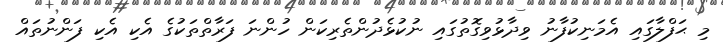
މި ޙަފްލާގައި އެމަނިކުފާނު ވިދާޅުވިގޮތުގައި ނުކުޅެދުންތެރިކަން ހުންނަ ފަރާތްތަކުގެ އެކި އެކި ފަންނުތައް